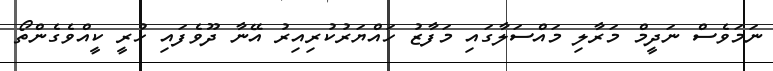
ނަމަވެސް ނަދީމް މަރާލި މައްސަލާގައި މަފާޒު ހައްޔަރުކުރިއިރު އޭނާ ދޫވެފައި ހުރީ ކީއްވެގެންތޯ